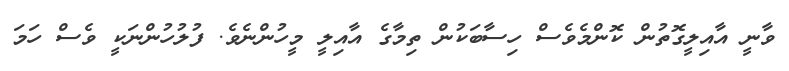
ވާނީ އާއިލީގޮތުން ކޮންމެވެސް ހިސާބަކުން ތިމާގެ އާއިލީ މީހުންނެވެ. ފުލުހުންނަކީ ވެސް ހަމަ